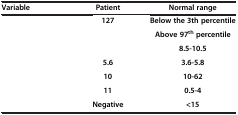
<table><thead><tr><td><b>Variable</b></td><td><b>Patient</b></td><td><b>Normal range</b></td></tr></thead><tbody><tr><td>[EMPTY_CELL]</td><td><b>127</b></td><td><b>Below the 3th percentile</b></td></tr><tr><td>[EMPTY_CELL]</td><td>[EMPTY_CELL]</td><td><b>Above 97</b><sup><b>th </b></sup><b>percentile</b></td></tr><tr><td>[EMPTY_CELL]</td><td>[EMPTY_CELL]</td><td><b>8.5-10.5</b></td></tr><tr><td>[EMPTY_CELL]</td><td><b>5.6</b></td><td><b>3.6-5.8</b></td></tr><tr><td>[EMPTY_CELL]</td><td><b>10</b></td><td><b>10-62</b></td></tr><tr><td>[EMPTY_CELL]</td><td><b>11</b></td><td><b>0.5-4</b></td></tr><tr><td>[EMPTY_CELL]</td><td><b>Negative</b></td><td><b>&lt;15</b></td></tr></tbody></table>